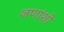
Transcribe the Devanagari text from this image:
जणांशी